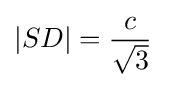
|SD|={\frac {c}{\sqrt {3}}}\